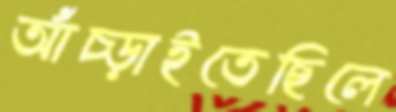
আঁচ্‌ড়াইতেছিলে